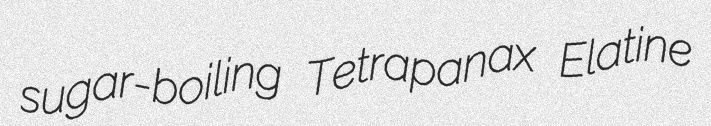
sugar-boiling Tetrapanax Elatine